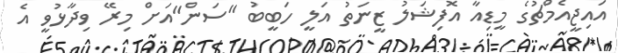
އައިޖީއެމްޗުގެ މީޑިއާ އޮފިޝަލު ޒީނަތު އަލީ ހަބީބު "ސަން"އަށް މިރޭ ވިދާޅުވީ އެ